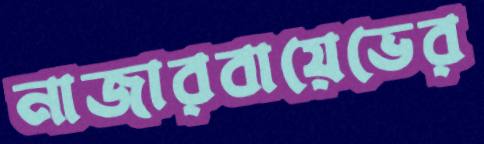
নাজারবায়েভের